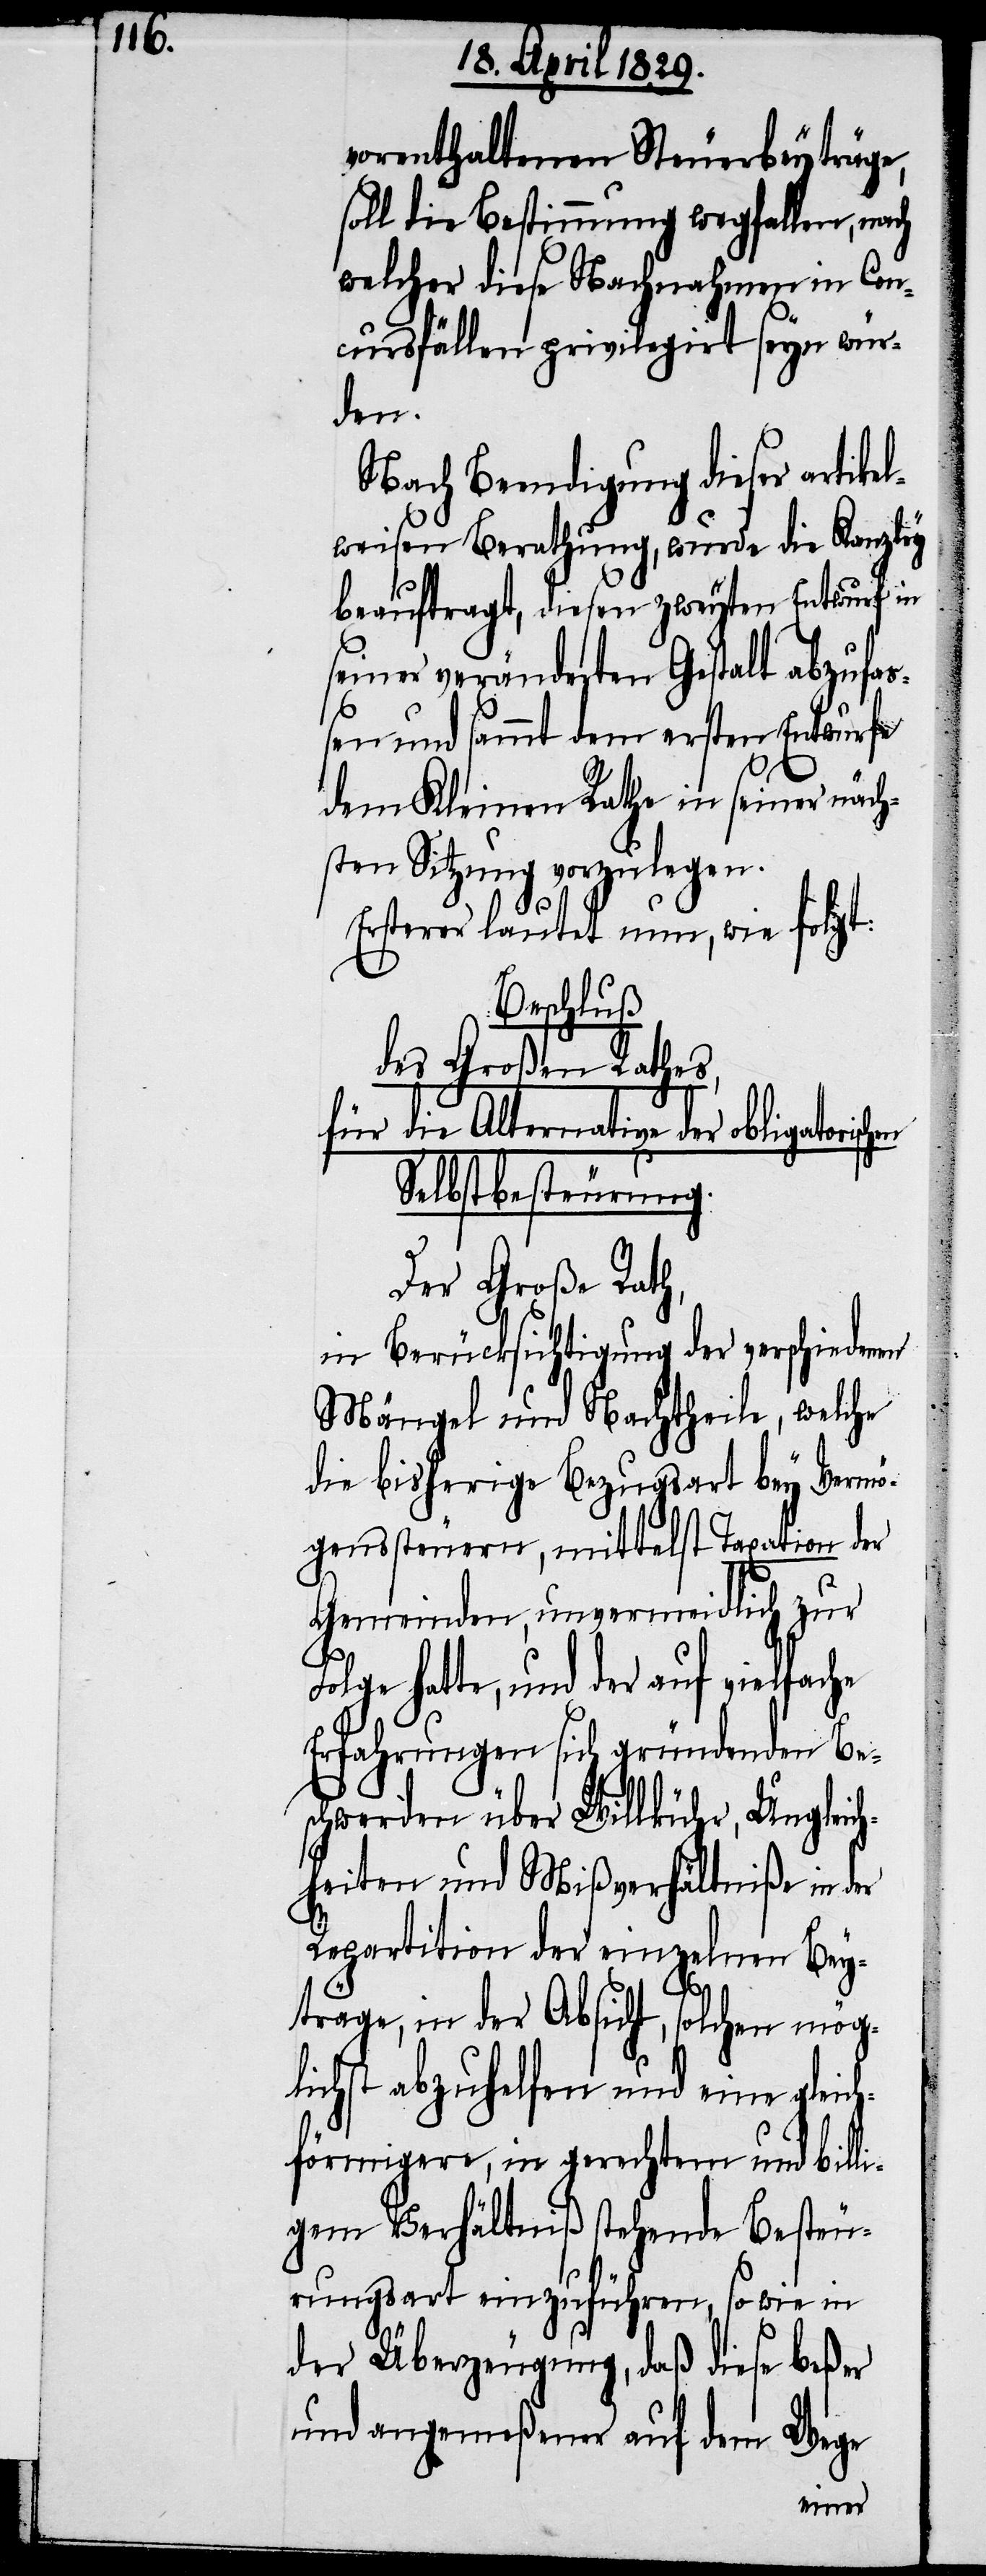
vorenthaltenen Steuerbeyträge,
soll die Bestimmung wegfallen, nach
welcher diese Nachnahmen in Con¬
cursfällen privilegirt seyn wür¬
hen
Nach Beendigung dieser artikel¬
weisen Berathung, wurde die Kanzley
beauftragt, diesen zweyten Entwurf in
seiner veränderten Gestalt abzufa¬
ßen und sammt dem ersten Entwurfe
dem Kleinen Rathe in seiner näch¬
sten Sitzung vorzulegen.
Ersterer lautet nun, wie folgt:
Beschluß
des Großen Rathes,
für die Alternative der obligatorisc¬
Selbstbesteurung.
Der Große Rath,
in Berücksichtigung der verschiedenen
Mängel und Nachtheile, welche
die bisherige Bezugsart bey Vermö¬
genssteuern, mittelst Taxation der
Gemeinden, unvermeidlich zur
Folge hatte, und der auf vielfache
Erfahrungen sich gegründeten Be¬
schwerde über Willkühr, Ungleich¬
heiten und Mißverhältniße in der
Repartition der einzelnen Bey¬
träge, in der Absicht, solchen mög¬
lichst abzuhelfen und eine gleich¬
förmigere, in gerechtem und billi¬
gem Verhältniß stehende Besteu¬
rungsart einzuführen, so wie in
der Überzeugung, daß diese beßer
und angemeßener auf dem Wege